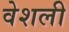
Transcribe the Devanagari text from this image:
वेशली